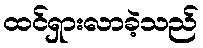
ထင်ရှားလာခဲ့သည်